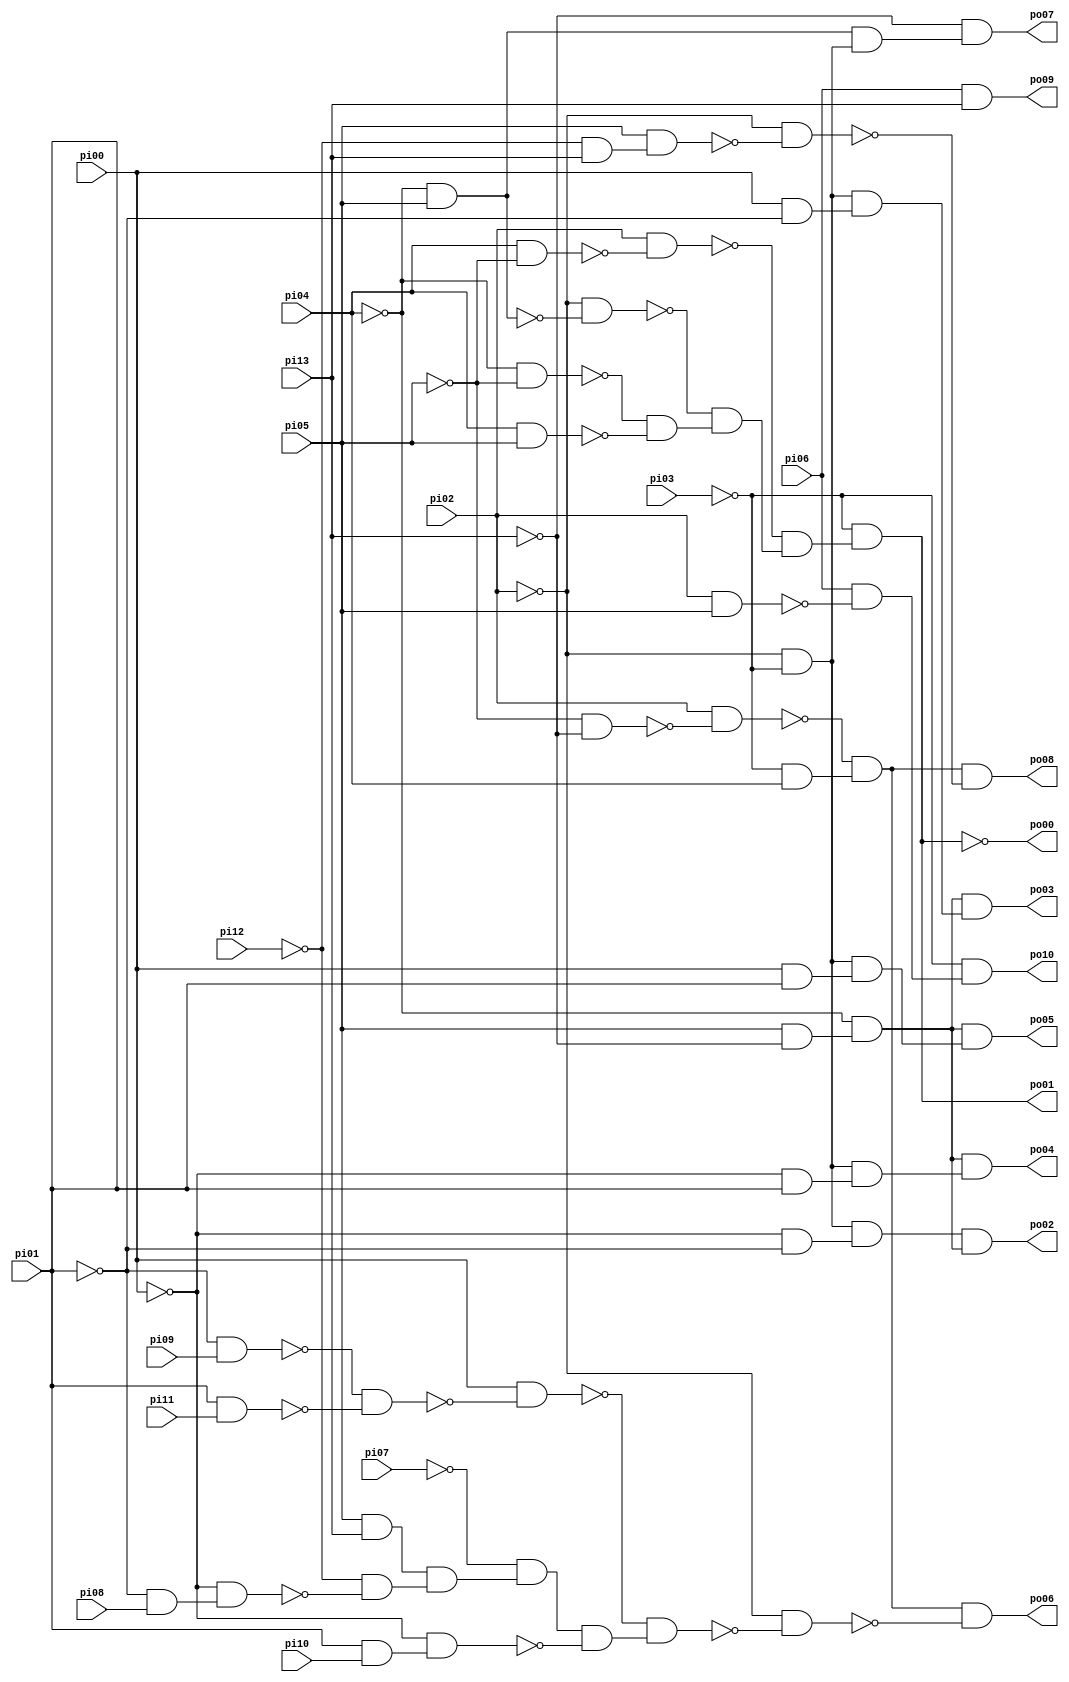
// Benchmark "cu" written by ABC on Sun Apr 22 21:43:01 2018

module cu ( 
    pi00, pi01, pi02, pi03, pi04, pi05, pi06, pi07, pi08, pi09, pi10, pi11,
    pi12, pi13,
    po00, po01, po02, po03, po04, po05, po06, po07, po08, po09, po10  );
  input  pi00, pi01, pi02, pi03, pi04, pi05, pi06, pi07, pi08, pi09,
    pi10, pi11, pi12, pi13;
  output po00, po01, po02, po03, po04, po05, po06, po07, po08, po09, po10;
  wire n26, n27, n28, n29, n30, n31, n32, n33, n34, n36, n37, n38, n39, n40,
    n42, n43, n45, n46, n48, n49, n51, n52, n53, n54, n55, n56, n57, n58,
    n59, n60, n61, n62, n63, n64, n65, n66, n67, n68, n69, n71, n73, n74,
    n75, n78, n79;
  assign n26 = pi04 & ~pi05;
  assign n27 = pi02 & ~n26;
  assign n28 = ~pi04 & pi05;
  assign n29 = ~pi02 & ~n28;
  assign n30 = ~pi04 & ~pi05;
  assign n31 = pi04 & pi05;
  assign n32 = ~n30 & ~n31;
  assign n33 = ~n29 & n32;
  assign n34 = ~n27 & n33;
  assign po01 = ~pi03 & n34;
  assign n36 = ~pi02 & ~pi03;
  assign n37 = ~pi00 & ~pi01;
  assign n38 = n36 & n37;
  assign n39 = pi05 & ~pi13;
  assign n40 = ~pi04 & n39;
  assign po02 = n38 & n40;
  assign n42 = pi00 & ~pi01;
  assign n43 = n36 & n42;
  assign po03 = n40 & n43;
  assign n45 = ~pi00 & pi01;
  assign n46 = n36 & n45;
  assign po04 = n40 & n46;
  assign n48 = pi00 & pi01;
  assign n49 = n36 & n48;
  assign po05 = n40 & n49;
  assign n51 = pi05 & pi13;
  assign n52 = ~pi01 & pi08;
  assign n53 = ~pi00 & n52;
  assign n54 = ~pi12 & ~n53;
  assign n55 = n51 & n54;
  assign n56 = ~pi07 & n55;
  assign n57 = ~pi01 & pi09;
  assign n58 = pi01 & pi11;
  assign n59 = ~n57 & ~n58;
  assign n60 = pi00 & ~n59;
  assign n61 = pi01 & pi10;
  assign n62 = ~pi00 & n61;
  assign n63 = n56 & ~n62;
  assign n64 = ~n60 & n63;
  assign n65 = ~pi05 & ~pi13;
  assign n66 = pi02 & ~n65;
  assign n67 = ~pi03 & pi04;
  assign n68 = ~n66 & n67;
  assign n69 = ~pi02 & ~n64;
  assign po06 = n68 & ~n69;
  assign n71 = n28 & n36;
  assign po07 = ~pi13 & n71;
  assign n73 = ~pi12 & pi13;
  assign n74 = pi05 & n73;
  assign n75 = ~pi02 & ~n74;
  assign po08 = n68 & ~n75;
  assign po09 = pi06 & pi13;
  assign n78 = pi02 & pi05;
  assign n79 = pi06 & ~n78;
  assign po10 = ~pi03 & n79;
  assign po00 = ~po01;
endmodule